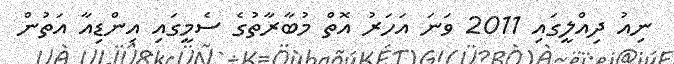
ނިއު ދިއްލީގައި 2011 ވަނަ އަހަރު އޮތް މުބާރާތުގެ ސެމީގައި އިންޑިއާ އަތުން